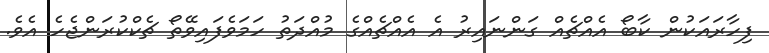
ފިހާރައަކުން ކާބޯ އެއްޗެއް ގަންނައިރު އެ އެއްޗެއްގެ މުއްދަތު ހަމަވެފައިވޭތޯ ޗެކްކުރަންޖެހެ އެވެ.